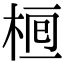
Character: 𣒯